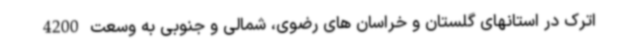
اترک در استانهای گلستان و خراسان های رضوی، شمالی و جنوبی به وسعت 4200